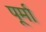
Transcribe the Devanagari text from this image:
पूर्मा